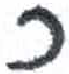
אות: כ